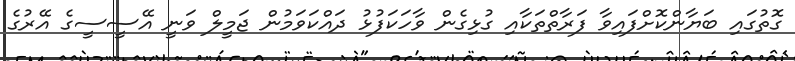
ގޮތުގައި ބަޔާންކޮށްފައިވާ ފަރާތްތަކާއި ގުޅިގެން ވާހަކަފުޅު ދައްކަވަމުން ޖަމީލް ވަނީ އޭސީސީގެ އޭރުގެ